Vital statistics of India. Vol. VI, European troops 1870-79
Year: 1870
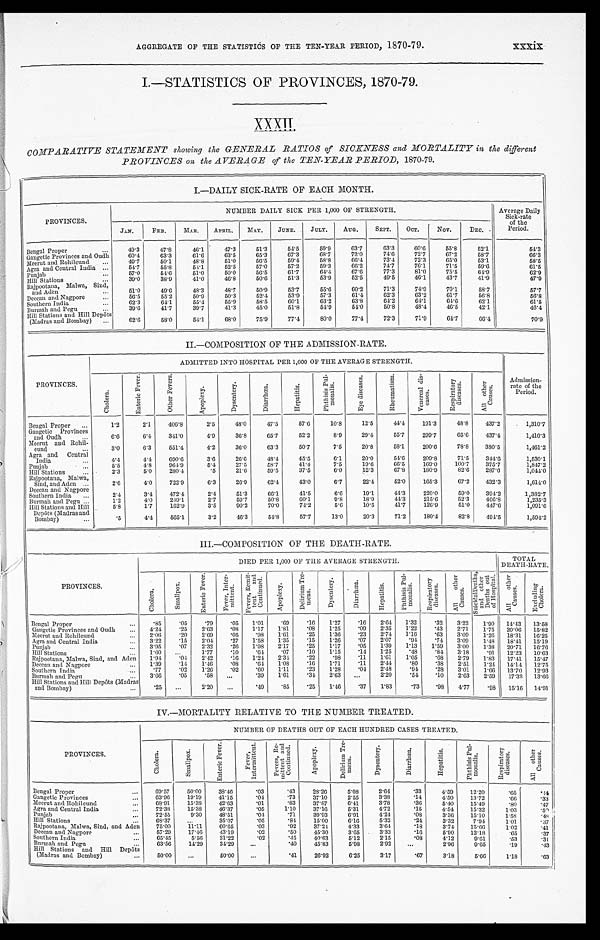
xxxix
AGGREGATE OF THE STATISTICS OF THE TEN-YEAR PERIOD, 1870-79.
I.—STATISTICS OF PROVINCES, 1870-79. XXXII
COMPARATIVE STATEMENT showing the GENERAL RATIOS of SICKNESS and MORTALITY in the different
PROVINCES on the AVRAGE of the TEN-YEAR PERIOD, 1870-79.
I.—DAILY SICK-RATE OF EACH MONTH.
PROVINCES.
NUMBER DAILY SICK PER 1,000 OF STRENGTH.
Average Daily
Sick-rate
of the
Period.
JAN.
FEB.
MAR.
APRIL.
MAY.
JUNE.
JULY.
AUG.
SEPT.
OCT.
No v .
DEC.
Bengal Proper . . .
49.3
47.8
46.1
47.3
51.3
54.5
59.9
63.7
63.3
60.6
55.8
52.1
54.3
Gangetic Provinces and Oudh . . .
60.4
63.3
61.6
63.5
65.3
67.3
68.7
72.0
74.6
72.7
67.2
58.7
66.3
49.7
50.1
48.8
51.0
56.5
59.4
58.8
66.4
73.4
72.3
65.0
53.1
58.5
Meerut and Rohilcund
. . .
54.7
55.8
54.1
52.5
57.0
57.2
59.3
66.2
74.7
76.1
71.5
59.6
61.5
Agra and Central India . . .
57.0
54.6
51.0
50.0
56.5
61.7
64.4
67.6
77.3
81.0
75.5
64.9
62.9
Punjab . . .
39.0
38.9
41.0
46.8
50.6
51.3
53.9
52.5
49.5
46.1
43.7
41.9
47.9
Hill Stations . . .
Rajpootana, Malwa, Sind,
and Aden . . .
5 1 . 0
49.6
48.3
48.7
50.9
53.7
55.6
60.2
71.3
74.9
70.1
58.7
57.7
56.5
55.2
50.9
50.3
52.4
53.9
57.3
61.4
62.3
63.2
61.7
56.8
56.8
Deccan and Nagpore . . .
6 2 . 3
64.1
55.4
55.9
58.5
60.1
63.2
63.8
64.2
64.1
64.6
62.1
61.5
Southern India . . .
39.6
41.7
39.7
41.3
45.0
51.8
54.9
54.0
50.8
48.4
46.5
42.1
46.4
Burmah and Pegu
. . .
62.6
58.0
54.1
68.0
75.9
77.4
80.0
77.4
72.3
71.9
64.7
66.4
70.9
Hill Stations and Hill Depôts
(Madras and Bombay)
. . .
II.—COMPOSITION OF THE ADMISSION-RATE.
PROVINCES.
ADMITTED INTO HOSPITAL PER 1,000 OF THE AVERAGE STRENGTH.
Admission-
rate of the
Period.
C h o l e r a .
E n t e r i c F e v e r .
O t h e r F e v e r .
A p o p l e x y .
D y s e n t e r y .
D i a r r h œ a .
H e p a t i t i s .
P h t h i s i s P u l - m o n a l i s .
E y e d i s e a s e s .
R h e u m a t i s m .
V e n e r e a l d i s - e a s e s .
R e s p i r a t o r y d i s e a s e s .
A l l o t h e r C a u s e s .
Bengal Proper
. . .
1.2
2.1
406.8
2.5
48.0
47.5
57.6
10.8
12.5
44.4
191.3
48.8
437.2
1,310.7
Gangetic Provinces
and Oudh . . .
6.6
6 . 4
341.0
4.9
36.8
65.7
52.2
8.9
29.4
55.7
299.7
65.6
437.4
1,410.3
Meerut and Rohil-
cund . . .
3.0
6.3
551.4
4.2
36.0
63.3
50.7
7.5
20.8
58.1
200.6
78.8
380.5
1,461.2
Agra and Central
India . . .
4.4
4.4
690.6
3.6
26.6
48.4
45.5
6.1
20.0
54.6
209.8
71.5
344.6
1,530.1
P u n j a b . . .
5.5
4.8
9 6 4 . 9
5.4
27.5
58.7
41.4
7.5
19.6
6 6 . 5 169.0
100.7
375.7
1,847.2
Hill Stations . . .
2.3
5.0
280.4
.5
21.6
59.5
37.5
6.0
12.3
67.8
180.9
82.6
287.6
1,044.0
Rajpootana, Malwa,
Sind, and Aden
. . .
2.6
4.0
722.9
6.3
26.9
62.4
43.0
6.7
22.4
52.0
165.3
67.2
432.3
1,614.0
Deccan and Nagpore
Southern India
. . .
2.4
3.4
472.4
2.4
51.3
66.1
41.5
6.6
19.1
4 4 . 3 220.0
59.0
394.2
1,382.7
Burmah and Pegu . . .
1.2
4.0
249.1
2.7
59.7
50.8
60.1
9.8
18.9
4 4 . 3 215.6
52.3
466.8
1,235.3
Hill Stations and Hill
5.8
1.7
162.9
3.5
90.2
70.0
74.2
5.6
10.5
41.7
126.9
51.0
447.6
1,091.6
Depôts (Madras and
Bombay) . . .
.5
4.4
565.1
3.2
46.3
54.8
57.7
13.0
20.3
71.2
180.4
82.8
494.5
1,594.2
III.—COMPOSITION OF THE DEATH-RATE.
PROVINCES.
DIED PER 1,000 OF THE AVERAGE STRENGTH.
TOTAL
D EATH-RATE.
C h o l e r a .
S m a l l p o x .
E n t e r i c F e v e r .
F e v e r I n t e r - m i t t e n t .
F e v e r s , R e m i t t e n t a n d C o n t i n u e d .
A p o p l e x y .
D e l i r i u m T r e - m e n s .
D y s e n t e r y .
D i a r r h œ a .
H e p a t i t i s .
P h t h i s i s P u l - m o n a l i s .
R e s p i r a t o r y d i e a s e s .
A l l o t h e r C a u s e s .
S u i c i d a l D e a t h s , a n d o t h e r D e a t h s o u t o f H o s p i t a l .
A l l o t h e r C a u s e s .
E x c l u d i n g C h o l e r a n .
Bengal Proper . . .
.85
. 0 5 .79
. 0 5 1.01
. 6 9
.16
1.27
.16
2.64
1.32
.32
3.22
1.90
14.43
13.58
Gangetic Provinces and Oudh . . .
4.24
. 2 5 2.63
. 0 8 1.17
1.81
.08
1 . 2 5
.09
2.35
1.22
.43
2.71
1.75
20.06
15.82
Meerut and Rohilcund
. . .
2.06
. 2 0 2.69
. 0 5 .98
1.61
.25
1.36
.23
2.74
1.16
.63
3.09
1.26
18.31
16.25
Agra and Central India . . .
3.22
. 1 5 2.04
. 2 7 1.58
1.35
.15
1.26
.07
2.07
.94
.74
3.09
1.48
18.41
15.19
Punjab . . .
3.95
. 0 7 2.32
. 2 6 1.98
2.17
.25
1.17
.05
1.39
1.13
1.59
3.00
1.38
20.71
16.76
Hill Stations . . .
1.60
. . .
1.77
. 1 0
. 6 4
. 0 7
.10
1.15
. 1 4
1.25
.48
.84
3.18
.91
12.23
10.63
Raj pootana, Malwa, Sind, and Aden
1.94
. 0 4 2.42
. 1 6 1.24
2.31
.22
. 9 8 .11
1.61
1.05
.68
2.79
1.83
17.41
15.47
Deccan and Nagpore
. . .
1.39
. 1 4 1.46
. 0 8
. 6 4
1.08
.16
1.71
.11
2.44
.80
.38
2.51
1.24
14.14
12.75
Southern India . . .
.77
. 0 2 1.26
. 0 2 .60
1.11
.23
1.28
.04
2.48
.94
.28
3.01
1.66
13.70
12.93
Burmah and Pegu . . .
3.66
. 0 5 .58
. . .
.39
1.61
.34
2.63
. . .
2.20
.54
.10
2.63
2.59
17.32
13.66
Hill Stations and Hill Depôts (Madras
and Bombay)
. . .
.25
. . .
2.20
. . . .49
. 8 5
.25
1.46
.37
1.83
.73
.98
4 . 7 7
.98
15.16
14.91
IV.—MORTALITY RELATIVE TO THE NUMBER TREATED .
PROVINCES.
NUMBER OF DEATHS OUT OF EACH HUNDRED CASES TREATED.
C h o l e r a .
S m a l l p o x .
E m t e r i c F e v e r .
F e v e r , I n t e r m i t t e n t .
F e v e r s , R e - m i t t e n t a n d C o n t i n u e d .
A p o p l e x y .
D e l i r i u m T r e - m e n s .
D y s e n t e r y .
D i a r r h œ a .
H e p a t i t i s .
P h t h i s i s P u l - m o n a l i s .
R e s p i r a t o r y d i s e a s e s .
A l l o t h e r C a u s e s .
Bengal Proper
. . .
69.57
50.00
38.46
.03
.43
28.26
5.08
2.64
.33
4.59
12.20
.65
.44
Gangetic Provinces. . .
63.96
19.19
41.15
.04
.73
37.10
2.55
3.38
.14
4.50
13.72
. 6 6
.33
Meerut and Rohileund . . .
68.91
15.38
42.63
.01
.83
37.87
6.41
3.78
.36
5.40
15.49
.80
.47
Agra and Central India . . .
72.38
15.38
46.37
.05
1.10
37.16
5.31
4.72
.15
4.54
15.32
1.03
. 5 < i l l e g i b l e >
P u n j a b . . .
72.55
9.30
48.51
.04
.71
39.93
6.91
4.24
. 0 8
3.36
15.10
1.58
. 4 8
Hill Stations . . .
68.37 . . .
35.07
.05
.84
15.00
6.16
5.32
.24
3.32
7.94
1.01.
.37
Rajpootana, Malwa, Sind, and Aden
75.00
11.11
60.65
.03
.92
37.24
4.33
3.64
.18
3.74
15.66
1.02
.41
Deccan and Nagpore . . .
57.29
17.46
43.19
.02
.50
45.30
3.65
3.33
.16
5.90
12.18
.65
.37
Southern India
. . .
65.45
5.56
31.22
.02
.45
40.63
5.12
2.15
.08
4.12
9.61
.53
.31
Burmah and Pegu
. . .
63.56
14.29
34.29
. . .
. 4 0
45.83
5.98
2.92
. . .
2.96
9.65
. 1 9
. 4 3
Hill Stations and Hil
Depôts
(Madras and Bombay)
. . .
50.00
. . . 50.00
. . .
.41
26.92
6.25
3.17
.67
3.18
5.66
1.18
.63